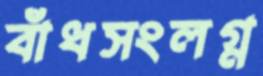
বাঁধসংলগ্ন